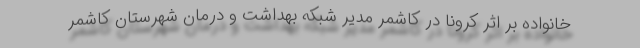
خانواده بر اثر کرونا در کاشمر مدیر شبکه بهداشت و درمان شهرستان کاشمر